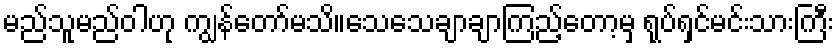
မည်သူမည်ဝါဟု ကျွန်တော်မသိ။သေသေချာချာကြည့်တော့မှ ရုပ်ရှင်မင်းသားကြီး